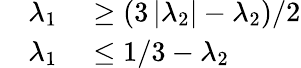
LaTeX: \begin{array}{rl}{\lambda_{1}}&{{}\geq\left(3\left|\lambda_{2}\right|-\lambda_{2}\right)/2}\\ {\quad\lambda_{1}}&{{}\leq 1/3-\lambda_{2}}\end{array}